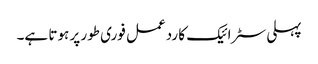
پہلی سٹرائیک کا ردعمل فوری طور پر ہوتا ہے۔